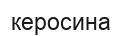
керосина